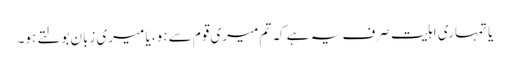
یا تمہاری اہلیت صرف یہ ہے کہ تم میری قوم سے ہو، یا میری زبان بولتے ہو۔